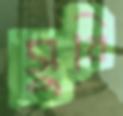
সুবি